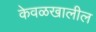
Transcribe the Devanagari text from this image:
केवळखालील